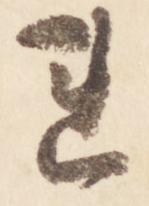
連